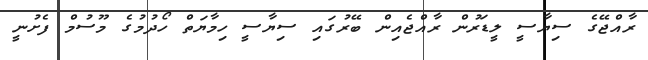
ރާއްޖޭގެ ސިޔާސީ ލީޑަރުން ރާއްޖެއިން ބޭރުގައި ސިޔާސީ ހިމާޔަތް ހޯދުމުގެ މޫސުމް ފެށުނީ